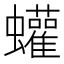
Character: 蠸